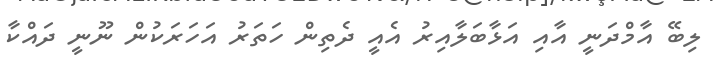
ލިބޭ އާމްދަނީ އާއި އަޅާބަލާއިރު އެއީ ދެތިން ހަތަރު އަހަރަކުން ނޫނީ ދައްކާ